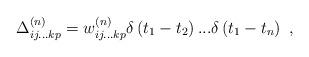
LaTeX: \begin{align*} {\rm{\Delta }}_{ij...kp}^{\left( n\right)} = w_{ij...kp}^{\left( n \right)}\delta \left( {{t_1} - {t_2}} \right)...\delta \left({{t_1} - {t_n}} \right) \ ,\end{align*}